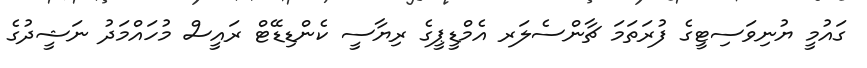
ގައުމީ ޔުނިވަސިޓީގެ ފުރަތަމަ ޗާންސެލަރ އެމްޑީޕީގެ ރިޔާސީ ކެންޑިޑޭޓް ރައީސް މުހައްމަދު ނަޝީދުގެ